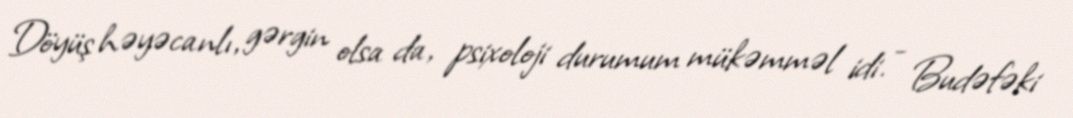
Döyüş həyəcanlı, gərgin olsa da, psixoloji durumum mükəmməl idi. - Budəfəki